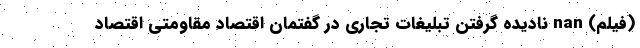
(فیلم) nan نادیده گرفتن تبلیغات تجاری در گفتمان اقتصاد مقاومتی اقتصاد